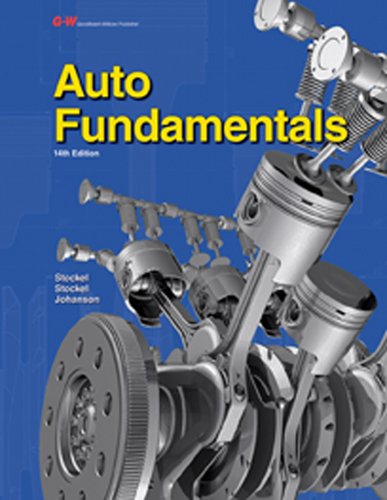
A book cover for Auto Fundamentals; Chris Johanson; Engineering & Transportation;